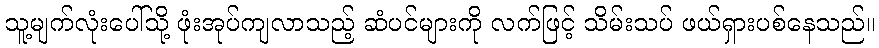
သူ့မျက်လုံးပေါ်သို့ ဖုံးအုပ်ကျလာသည့် ဆံပင်များကို လက်ဖြင့် သိမ်းသပ် ဖယ်ရှားပစ်နေသည်။